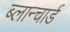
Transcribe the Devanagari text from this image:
ब्लान्चार्ड